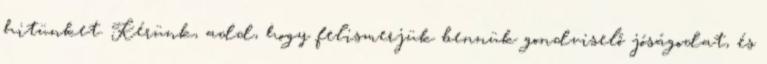
hitünket. Kérünk, add, hogy felismerjük bennük gondviselő jóságodat, és